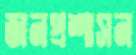
জনপ্রশাসন